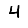
Digit: 4